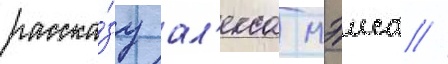
расска́зу ал'екса мэиса //